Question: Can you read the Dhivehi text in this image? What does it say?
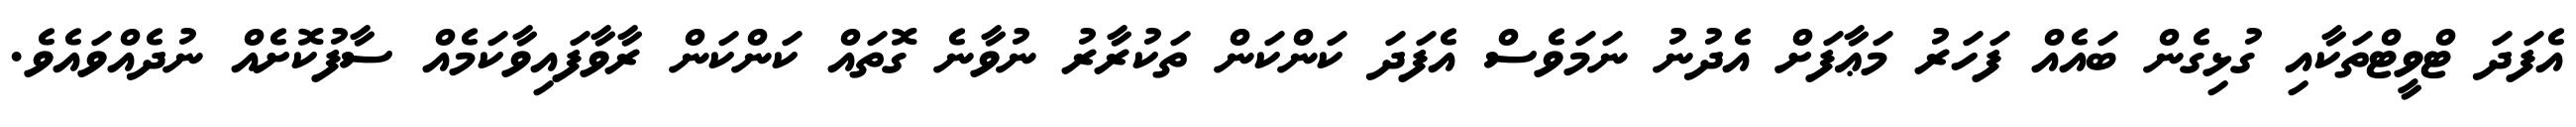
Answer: އެފަދަ ޓްވީޓްތަކާއި ގުޅިގެން ބައެއް ފަހަރު މަޢާފަށް އެދުނު ނަމަވެސް އެފަދަ ކަންކަން ތަކުރާރު ނުވާނެ ގޮތައް ކަންކަން ރާވާފައިވާކަމެއް ސާފުކޮށެއް ނުދެއްވައެވެ.